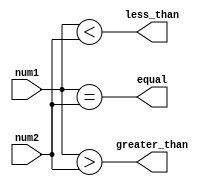
module serial_comparator(
    input [3:0] num1,
    input [3:0] num2,
    output equal,
    output less_than,
    output greater_than
);

assign equal = (num1 == num2);
assign less_than = (num1 < num2);
assign greater_than = (num1 > num2);

endmodule